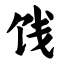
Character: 饯